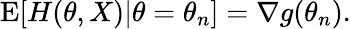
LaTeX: \operatorname{E}[H(\theta,X)|\theta=\theta_{n}]=\nabla g(\theta_{n}).